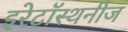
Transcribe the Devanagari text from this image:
इरेटॉस्थनीज